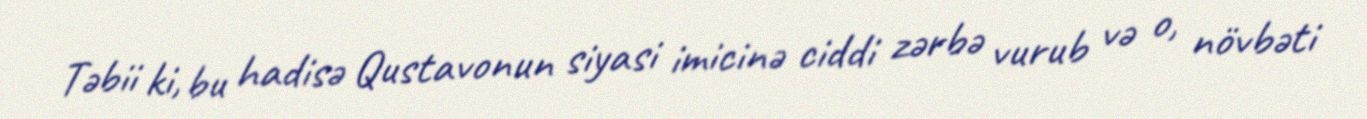
Təbii ki, bu hadisə Qustavonun siyasi imicinə ciddi zərbə vurub və o, növbəti